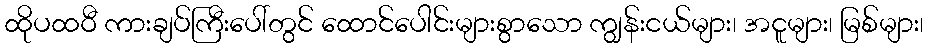
ထိုပထဝီ ကားချပ်ကြီးပေါ်တွင် ထောင်ပေါင်းများစွာသော ကျွန်းငယ်များ၊ အငူများ၊ မြစ်များ၊